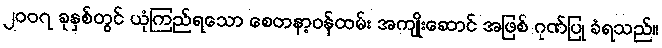
၂၀၀၇ ခုနှစ်တွင် ယုံကြည်ရသော စေတနာ့ဝန်ထမ်း အကျိုးဆောင် အဖြစ် ဂုဏ်ပြု ခံရသည်။